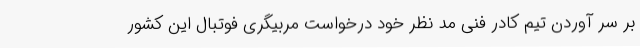
بر سر آوردن تیم کادر فنی مد نظر خود درخواست مربیگری فوتبال این کشور